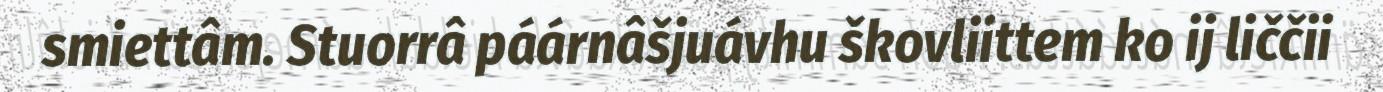
smiettâm. Stuorrâ páárnâšjuávhu škovliittem ko ij liččii